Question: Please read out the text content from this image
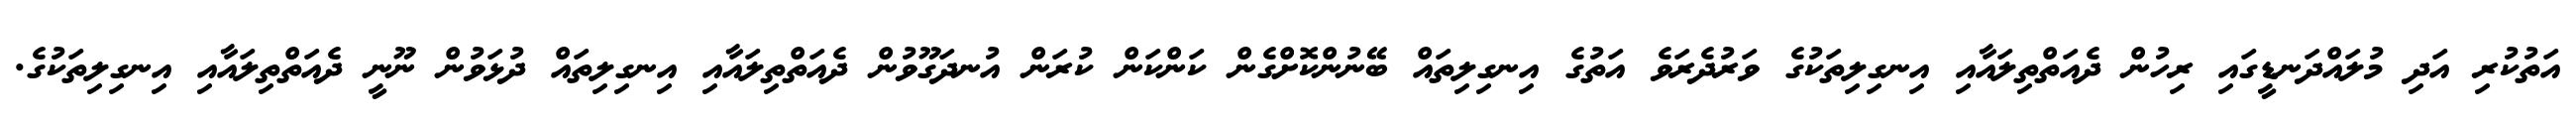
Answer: އަތުކުރި އަދި މުލައްދަނޑީގައި ރިހުން ދެއަތްތިލައާއި އިނގިލިތަކުގެ ވަރުދެރަވެ އަތުގެ އިނގިލިތައް ބޭނުންކޮށްގެން ކަންކަން ކުރަން އުނދަގޫވުން ދެއަތްތިލައާއި އިނގިލިތައް ދުޅަވުން ނޫނީ ދެއަތްތިލައާއި އިނގިލިތަކުގެ.